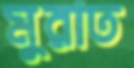
মুরাত